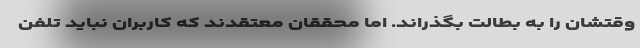
وقتشان را به بطالت بگذراند. اما محققان معتقدند که کاربران نباید تلفن